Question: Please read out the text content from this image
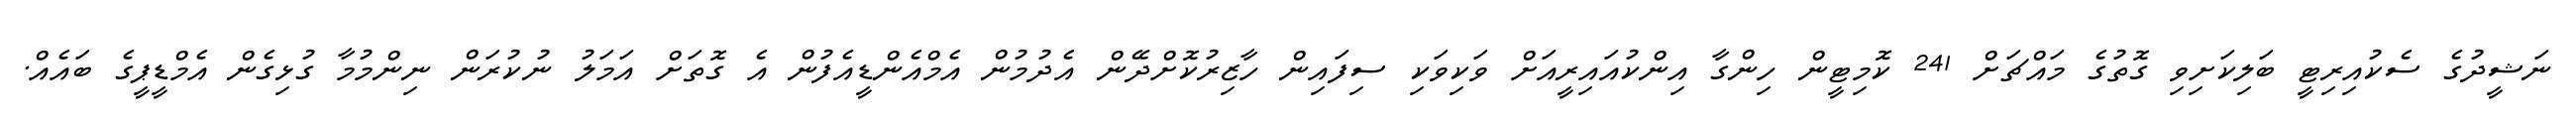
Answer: ނަޝީދުގެ ސެކުއިރިޓީ ބަލިކަށިވި ގޮތުގެ މައްޗަށް 241 ކޮމިޓީން ހިންގާ އިންކުއައިރީއަށް ވަކިވަކި ސިފައިން ހާޒިރުކޮށްދޭން އެދުމުން އެމްއެންޑީއެފުން އެ ގޮތަށް އަމަލު ނުކުރަން ނިންމުމާ ގުޅިގެން އެމްޑީޕީގެ ބައެއް.